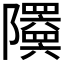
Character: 𬯦